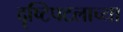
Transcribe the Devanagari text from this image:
दृष्टिपटलाच्या